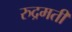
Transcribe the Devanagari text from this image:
रुद्रमती